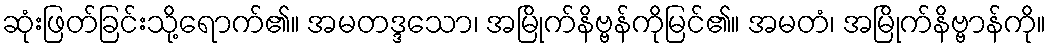
ဆုံးဖြတ်ခြင်းသို့ရောက်၏။ အမတဒ္ဒသော၊ အမြိုက်နိဗ္ဗန်ကိုမြင်၏။ အမတံ၊ အမြိုက်နိဗ္ဗာန်ကို။